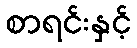
စာရင်းနှင့်